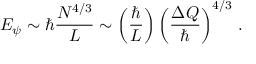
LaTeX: E _ { \psi } \sim \hbar \frac { N ^ { 4 / 3 } } { L } \sim \left( \frac { \hbar } { L } \right) \left( \frac { \Delta Q } { \hbar } \right) ^ { 4 / 3 } \, .